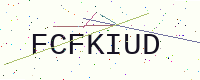
Text: FCFKIUD